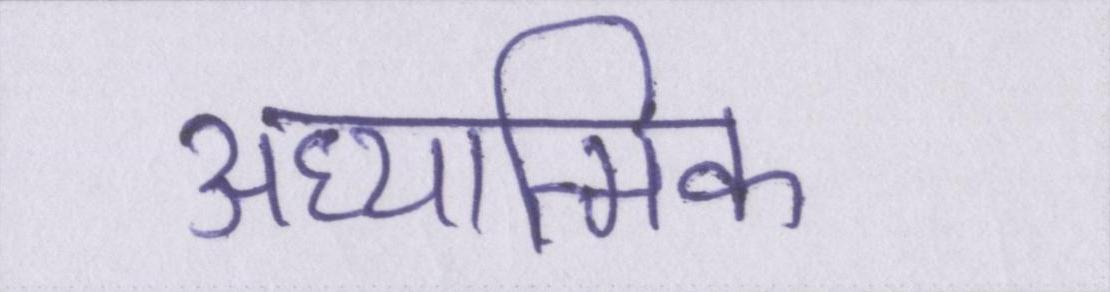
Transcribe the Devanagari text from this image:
अध्यात्मिक